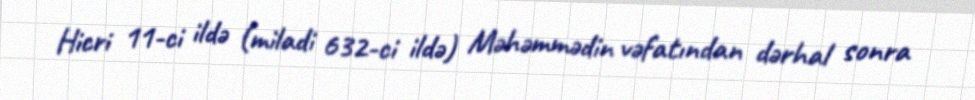
Hicri 11-ci ildə (miladi 632-ci ildə) Məhəmmədin vəfatından dərhal sonra